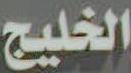
الخليج